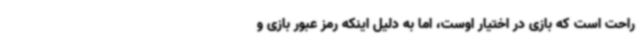
راحت است که بازی در اختیار اوست، اما به دلیل اینکه رمز عبور بازی و